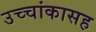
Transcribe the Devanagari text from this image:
उच्चांकासह